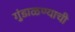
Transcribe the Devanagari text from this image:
गुंडाळण्याची